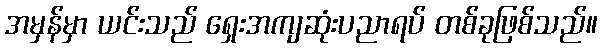
အမှန်မှာ ယင်းသည် ရှေးအကျဆုံးပညာရပ် တစ်ခုဖြစ်သည်။